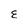
Character: E